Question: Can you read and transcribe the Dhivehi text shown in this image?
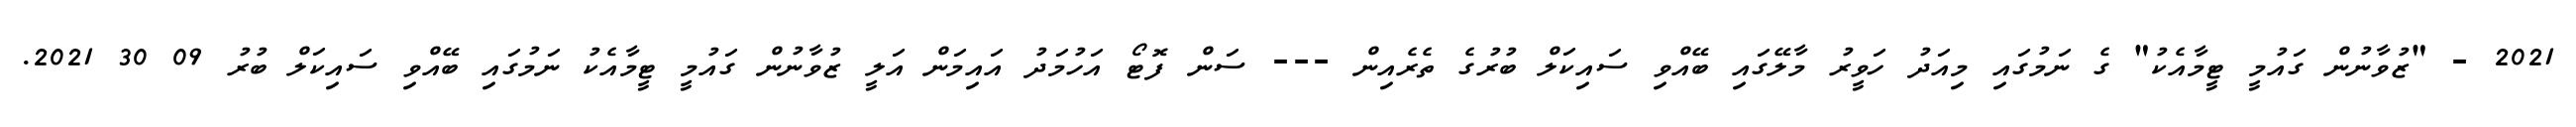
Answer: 2021 - "ޒުވާނުން ގައުމީ ޓީމާއެކު" ގެ ނަމުގައި މިއަދު ހަވީރު މާލޭގައި ބޭއްވި ސައިކަލް ބުރުގެ ތެރެއިން --- ސަން ފޮޓޯ އަހުމަދު އައިމަން އަލީ ޒުވާނުން ގައުމީ ޓީމާއެކު ނަމުގައި ބޭއްވި ސައިކަލް ބުރު 09 30 2021.